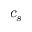
c _ { s }